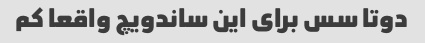
دوتا سس برای این ساندویچ واقعا کم